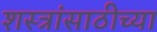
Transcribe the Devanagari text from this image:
शस्त्रांसाठीच्या